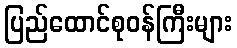
ပြည်ထောင်စုဝန်ကြီးများ